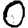
Digit: 0